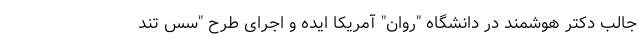
جالب دکتر هوشمند در دانشگاه "روان" آمریکا ایده و اجرای طرح "سُس تند